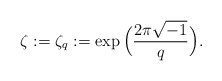
\begin{align*} \zeta:=\zeta_q:=\exp\Big(\frac{2\pi \sqrt{-1}}{q}\Big).\end{align*}